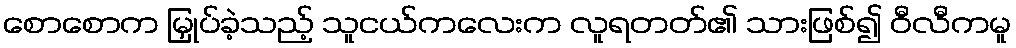
စောစောက မြှုပ်ခဲ့သည့် သူငယ်ကလေးက လူရတတ်၏ သားဖြစ်၍ ဝီလီကမူ